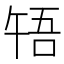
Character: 啎